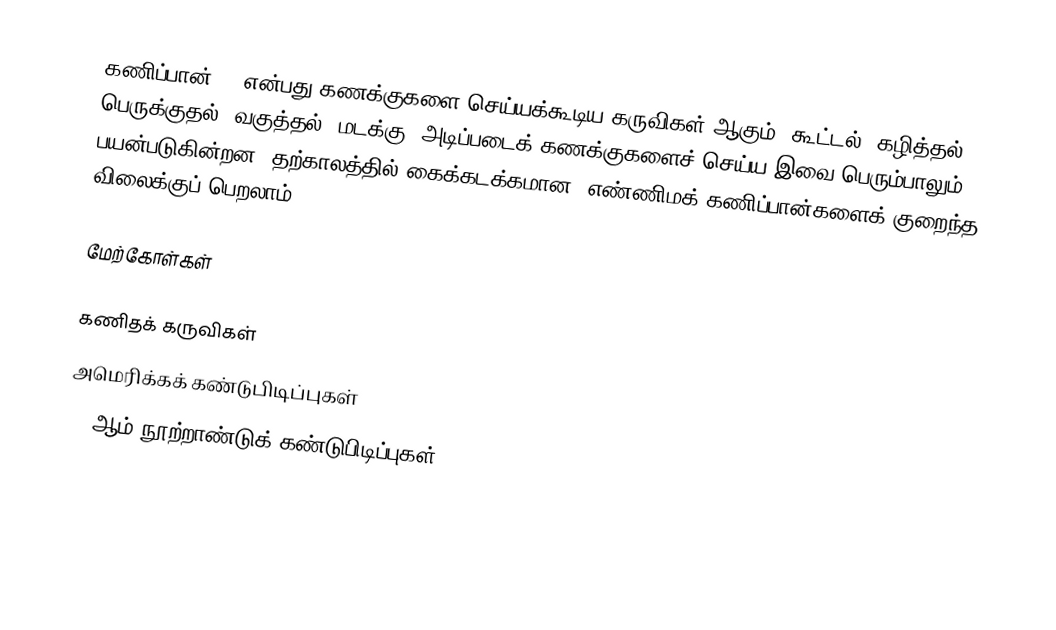
கணிப்பான் () என்பது கணக்குகளை செய்யக்கூடிய கருவிகள் ஆகும். கூட்டல், கழித்தல், பெருக்குதல், வகுத்தல், மடக்கு, அடிப்படைக் கணக்குகளைச் செய்ய இவை பெரும்பாலும் பயன்படுகின்றன. தற்காலத்தில் கைக்கடக்கமான, எண்ணிமக் கணிப்பான்களைக் குறைந்த விலைக்குப் பெறலாம்.

மேற்கோள்கள்

கணிதக் கருவிகள்
அமெரிக்கக் கண்டுபிடிப்புகள்
20-ஆம் நூற்றாண்டுக் கண்டுபிடிப்புகள்